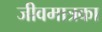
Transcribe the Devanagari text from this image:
जीवमात्रका